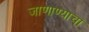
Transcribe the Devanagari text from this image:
जाणाण्याचा